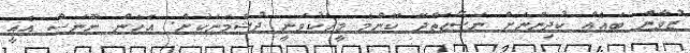
ޒުވާން ބައެއް ކުދިންނަށް ނަޞޭޙަތްދޭ ކޮންމެ މީހަކުވަނީ ދުޝްމަނަކަށް. އެހެން ނޫނަސް އެއީ